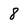
Character: 8